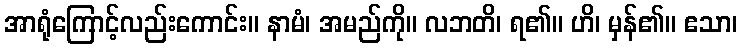
အာရုံကြောင့်လည်းကောင်း။ နာမံ၊ အမည်ကို။ လဘတိ၊ ရ၏။ ဟိ၊ မှန်၏။ ဧသာ၊